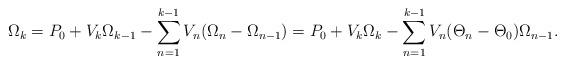
LaTeX: \begin{align*}\Omega_k &= P_0 + V_k \Omega_{k-1} - \sum_{n=1}^{k-1} V_n(\Omega_n - \Omega_{n-1}) = P_0 + V_k \Omega_{k} - \sum_{n=1}^{k-1} V_n(\Theta_n - \Theta_{0})\Omega_{n-1}. \end{align*}